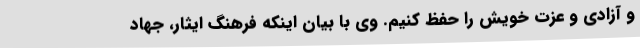
و آزادی و عزت خویش را حفظ کنیم. وی با بیان اینکه فرهنگ ایثار، جهاد